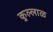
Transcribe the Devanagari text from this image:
कुल्लाळ